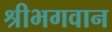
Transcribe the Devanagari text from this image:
श्रीभगवान